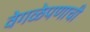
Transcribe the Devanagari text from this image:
वेगळेपणाची